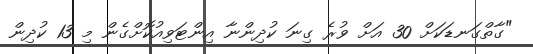
"ގާތްގަނޑަކަށް 30 އަށް ވުރެ ގިނަ ކުދިންނާ އިންޓަވިއުކޮށްގެން މި 13 ކުދިން